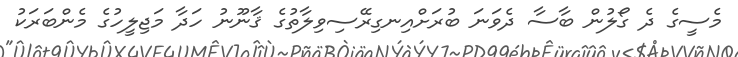
މެސީގެ ދެ ގޯލުން ބާސާ ދެވަނަ ބުރަށްއިނގިރޭސިވިލާތުގެ ޤާނޫނު ހަދާ މަޖިލީހުގެ މެންބަރަކު